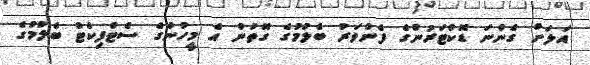
އަލަށް ގެންނަ ޑޮކްޓަރުންގެ ފެންވަރު ބެލުމުގެ ގޮތުން އެ މީހުންގެ ސެޓްފިކެޓް ބެލުމުގެ